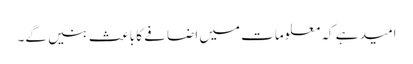
امید ہے کہ معلومات میں اضافے کا باعث بنیں گے۔